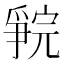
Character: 𪺗